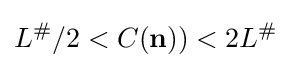
L^{\#}/2<C(\mathbf {n} ))<2L^{\#}